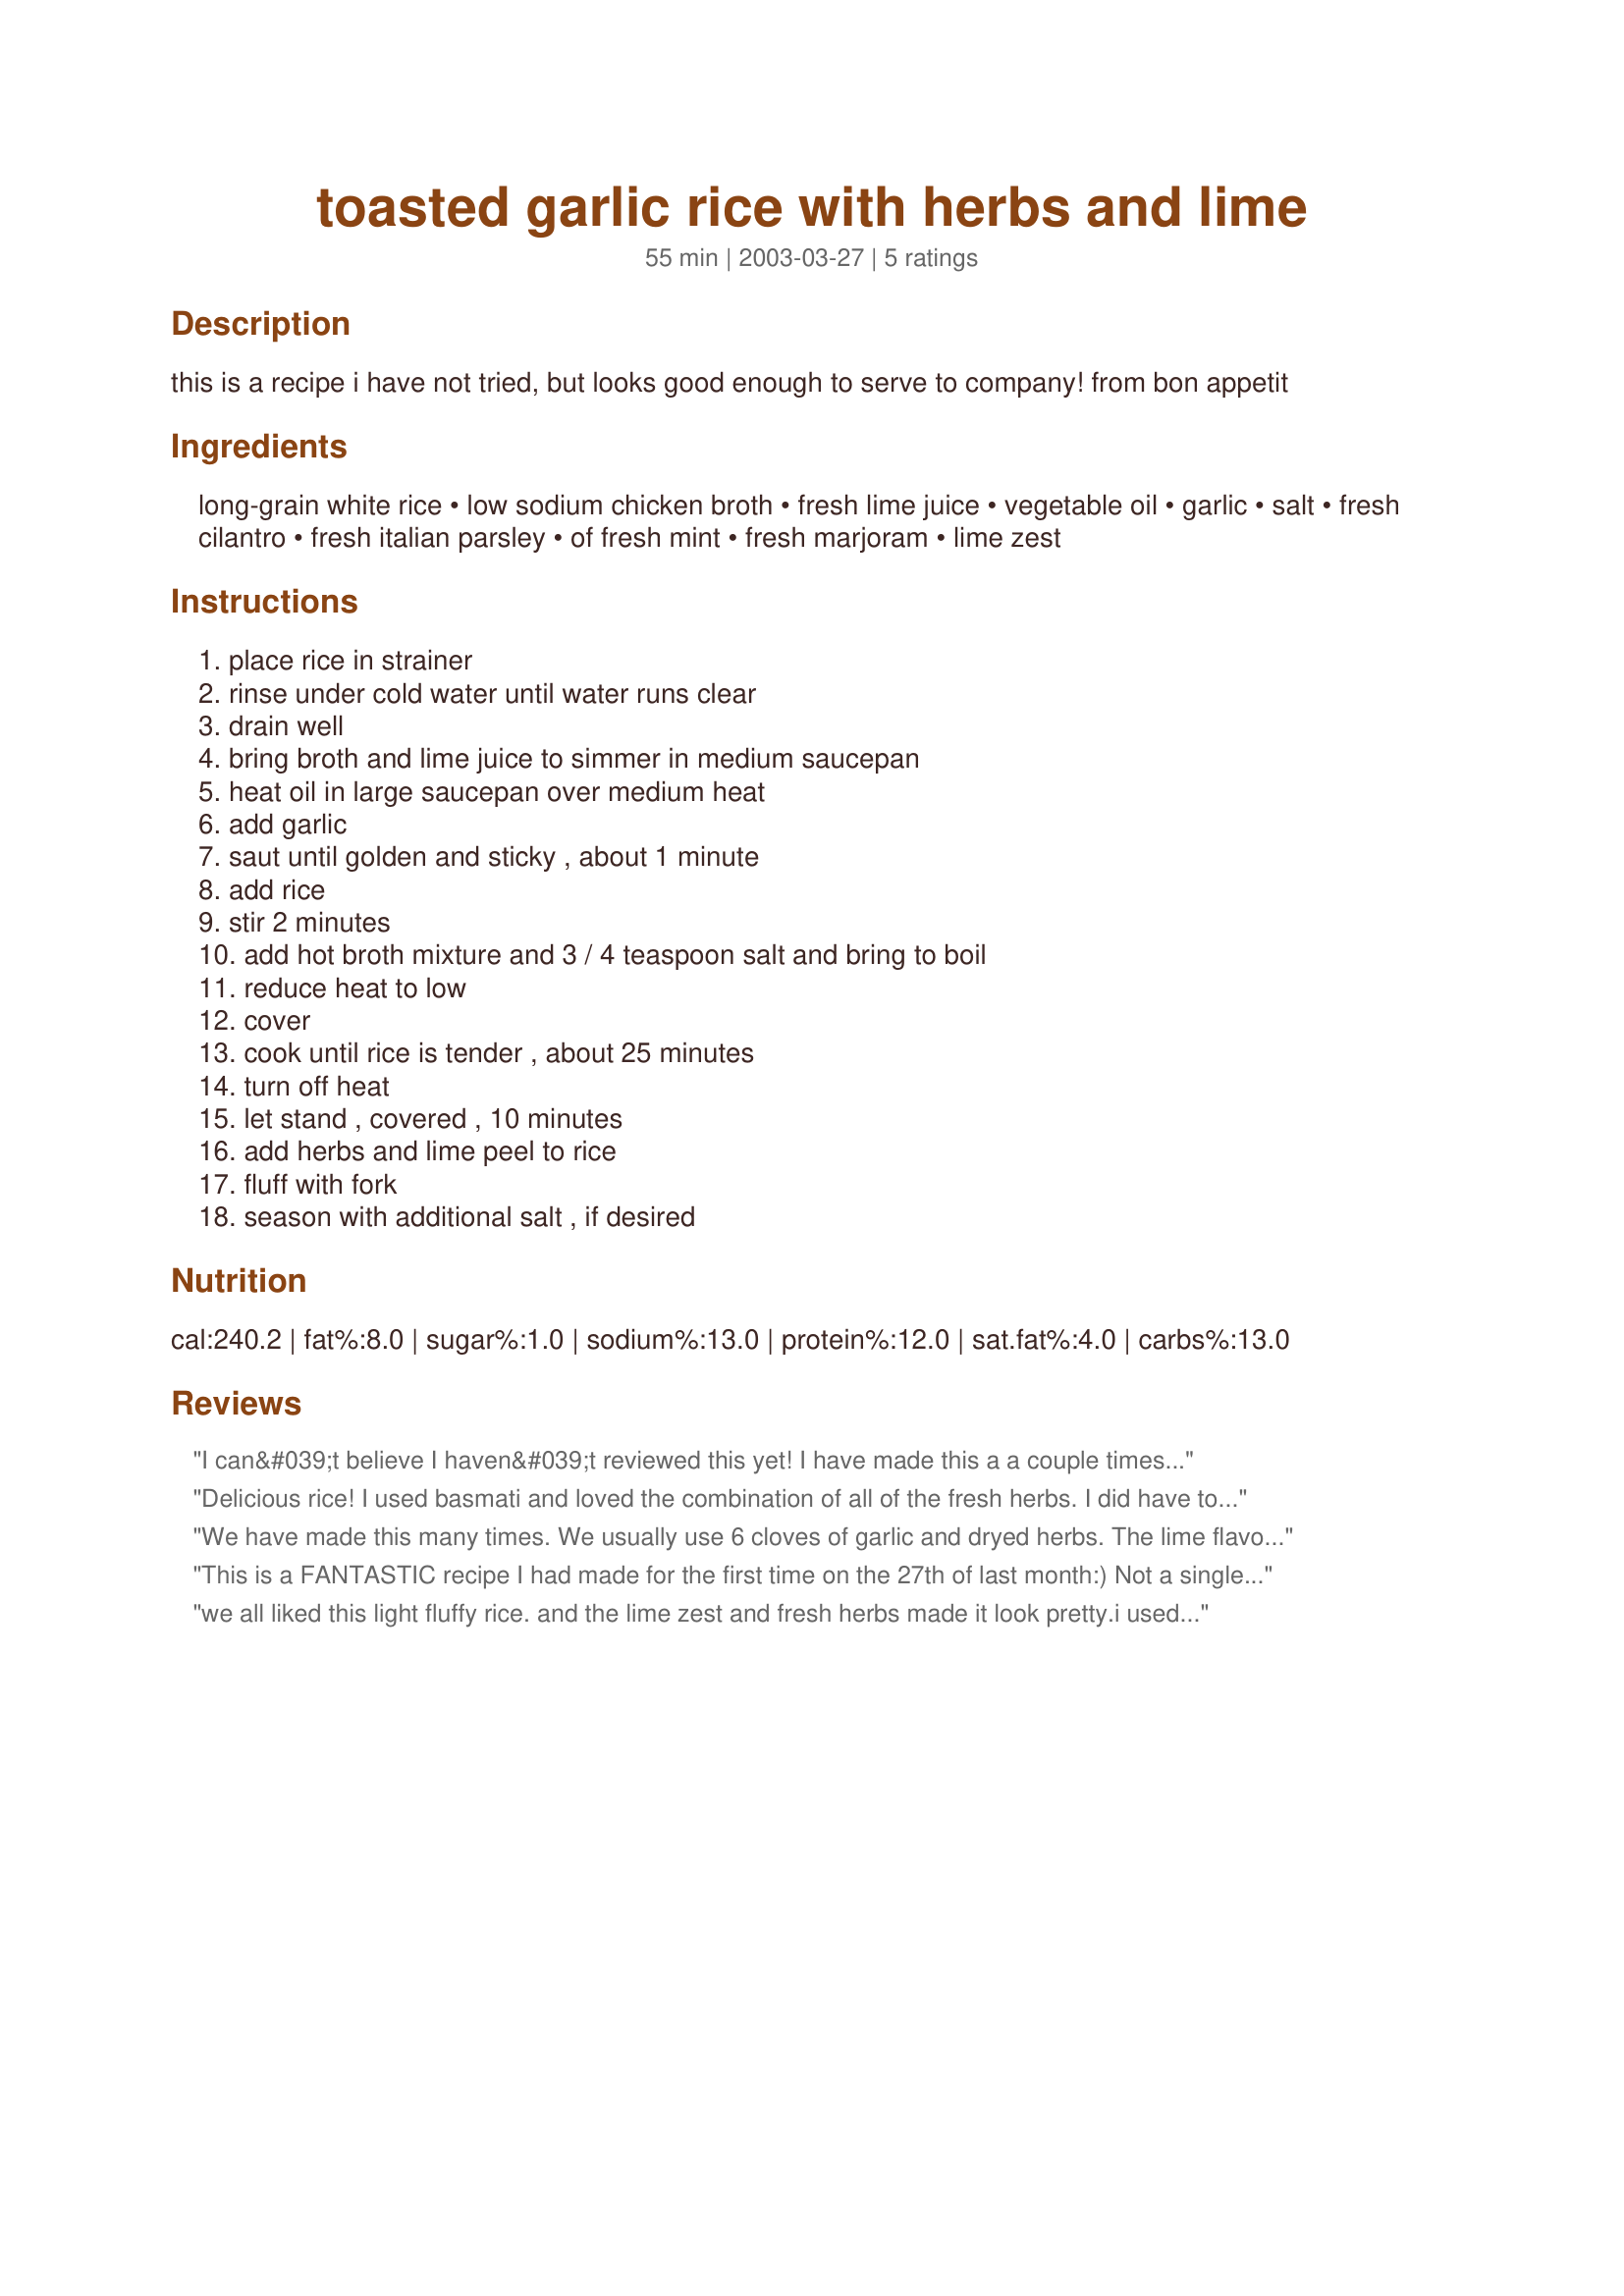
toasted garlic rice with herbs and lime
Preparation time: 55 minutes

this is a recipe i have not tried, but looks good enough to serve to company! from bon appetit

Ingredients:
long-grain white rice, low sodium chicken broth, fresh lime juice, vegetable oil, garlic, salt, fresh cilantro, fresh italian parsley, of fresh mint, fresh marjoram, lime zest

Steps:
place rice in strainer, rinse under cold water until water runs clear, drain well, bring broth and lime juice to simmer in medium saucepan, heat oil in large saucepan over medium heat, add garlic, saut until golden and sticky , about 1 minute, add rice, stir 2 minutes, add hot broth mixture and 3 / 4 teaspoon salt and bring to boil, reduce heat to low, cover, cook until rice is tender , about 25 minutes, turn off heat, let stand , covered , 10 minutes, add herbs and lime peel to rice, fluff with fork, season with additional salt , if desired

Reviews:
I can&#039;t believe I haven&#039;t reviewed this yet! I have made this a a couple times. I made two double batches both times for a big crowd. I love the flavor. I always do a bit less garlic and a lot more lime juice. We use this for our cafe rio copycat salads. The recipe is a bit time consuming with all the fresh herbs to cut, but it sure tastes great. Thanks for a tasty recipe.
Delicious rice! I used basmati and loved the combination of all of the fresh herbs. I did have to use dried marjoram, however since I couldn't find fresh. The lime zest adds a nice zing to this. Thanks for another winner, Bev.
We have made this many times. We usually use 6 cloves of garlic and dryed herbs. The lime flavor is sooooo good. Great Recipe! Thank you.
This is a FANTASTIC recipe I had made for the first time on the 27th of last month:)
Not a single grain of this remained. My picky brother made sure this becomes a regular on our table(It's another thing that I'm cheating on his orders), lol..
I did substitute the chicken stock with 'Maggi vegetable broth with onions' that I prepared by dissolving 2 cubes of the same in 4 cups of water and brought it to boil, then used as stated in the recipe. I did not have cilantro or parsley at home, unfortunately, so I used fresh corriander leaves and fresh celery instead. I used oregano(dried) for marjoram(as when I clicked on "marjoram", Zaar said that it's actually oregano! I was thrilled to read that because I had oregano on hand). My house was smelling of garlic from one end to the other, and mmm, boy it smelt incredible! I did not use any salt(as broth contains salt already) or pepper. This rice "has to" be served "hot" to be enjoyed best. I "loved" the taste of the garlic and oregano the most in this. "It is a meal on its own and a great one at that" is what my family and our guests commented.

we all liked this light fluffy rice. and the lime zest and fresh herbs made it look pretty.i used basmati, and fresh lime juice, parsley and basil.
